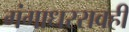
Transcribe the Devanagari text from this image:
गंगाधररावही